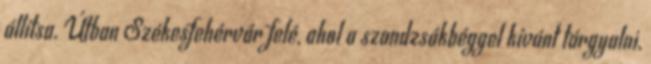
állítsa. Útban Székesfehérvár felé, ahol a szandzsákbéggel kívánt tárgyalni,